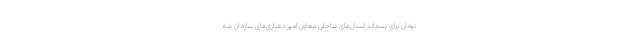
تومان برای پسماند استان‌های ساحلی معاون امور دهیاری‌های سازمان شه